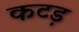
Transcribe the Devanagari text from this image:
कटड़